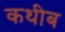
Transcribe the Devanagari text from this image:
कथीब